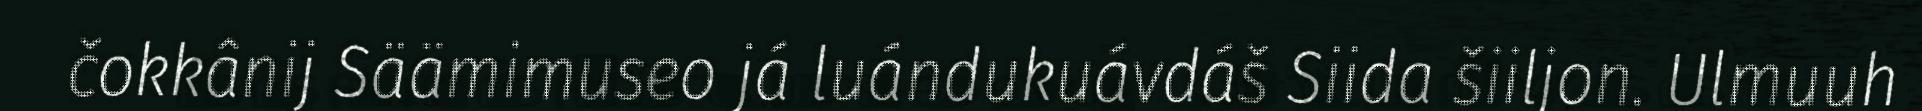
čokkânij Säämimuseo já luándukuávdáš Siida šiiljon. Ulmuuh